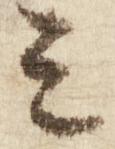
ミ